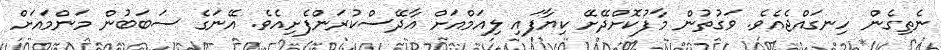
ނެތިގެން ހިނގައްޖެއެވެ. ވަގުތުން މާފުކޮށްދޭށޭ ކިޔާފައި ލިއަމްއަށް އާދޭސްކުރަންފެށިއެވެ. އޭނަގެ ސަބަބުން މަންމައަށް